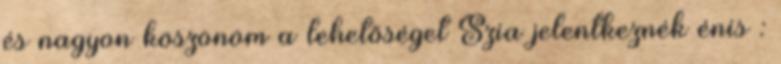
és nagyon köszönöm a lehetőséget Szia jelentkeznék énis :